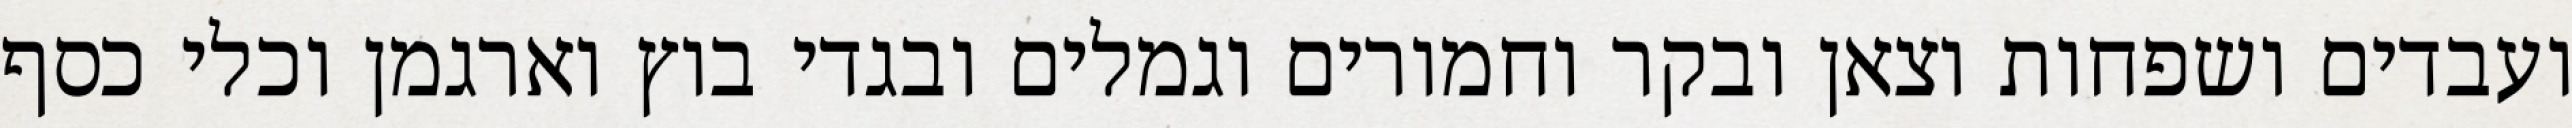
ועבדים ושפחות וצאן ובקר וחמורים וגמלים ובגדי בוץ וארגמן וכלי כסף